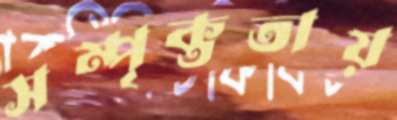
সম্পৃক্ততায়